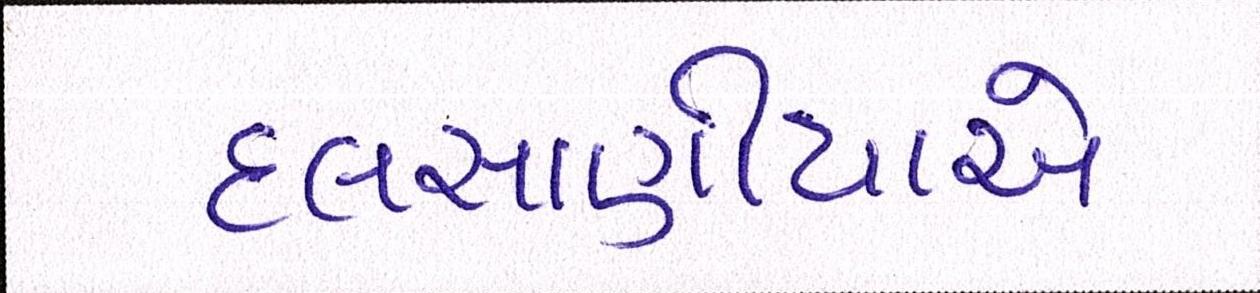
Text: દલસાણીયાએ